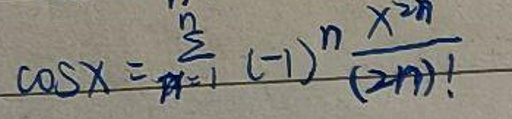
$\cos x=\sum_{n = 0}^{\infty}(-1)^{n}\frac{x^{2n}}{(2n)!}$